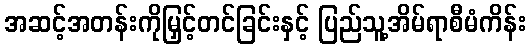
အဆင့်အတန်းကိုမြှင့်တင်ခြင်းနှင့် ပြည်သူ့အိမ်ရာစီမံကိန်း